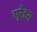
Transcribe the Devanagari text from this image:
गुरेइस